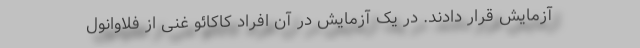
آزمایش قرار دادند. در یک آزمایش در آن افراد کاکائو غنی از فلاوانول